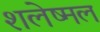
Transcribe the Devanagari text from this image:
शलेष्मल